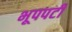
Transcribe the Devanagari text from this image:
भूपपर्टी